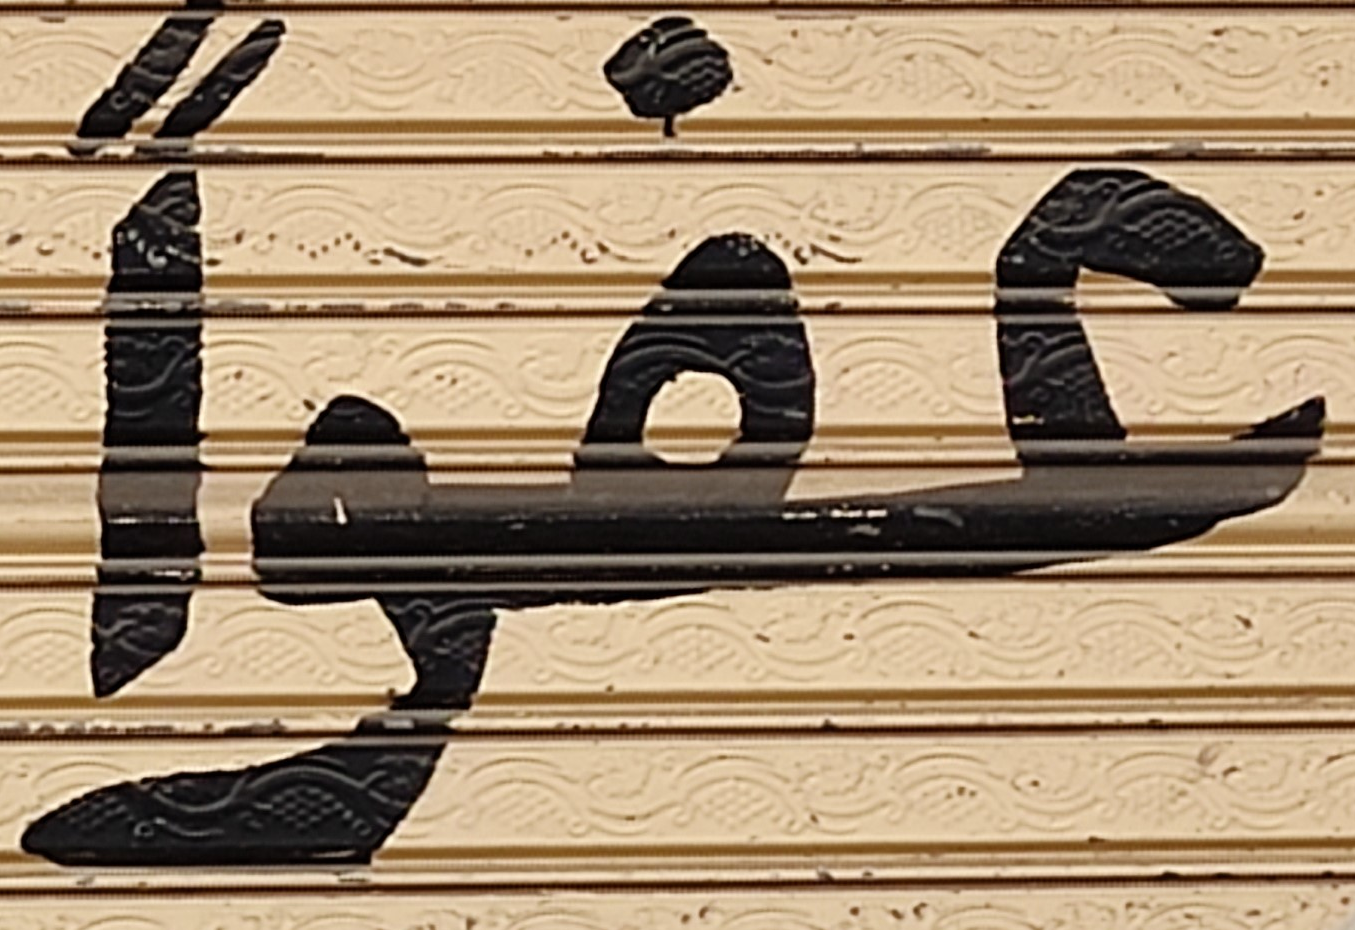
عفوا